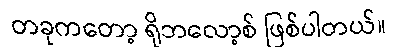
တခုကတော့ ရိုဘလော့စ် ဖြစ်ပါတယ်။